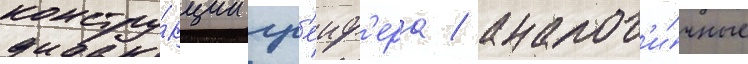
констру́кции гр'еиф'ера / аналог'и́чные